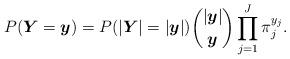
LaTeX: \begin{align*}P(\boldsymbol{Y}=\boldsymbol{y}) = P(\vert\boldsymbol{Y}\vert=\vert\boldsymbol{y}\vert) \binom{\vert\boldsymbol{y}\vert}{\boldsymbol{y}} \prod_{j=1}^J \pi_j^{y_j}.\end{align*}